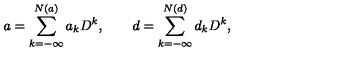
a = \sum _ { k = - \infty } ^ { N ( a ) } a _ { k } D ^ { k } , \qquad d = \sum _ { k = - \infty } ^ { N ( d ) } d _ { k } D ^ { k } ,